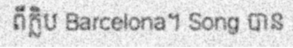
ពីក្លិប Barcelona។ Song បាន